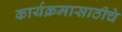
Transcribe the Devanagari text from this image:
कार्यक्रमासाठीचे